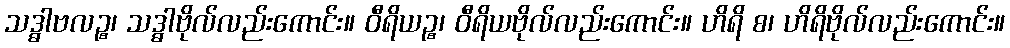
သဒ္ဓါဗလဉ္စ၊ သဒ္ဓါဗိုလ်လည်းကောင်း။ ဝီရိယဉ္စ၊ ဝီရိယဗိုလ်လည်းကောင်း။ ဟိရိ စ၊ ဟိရိဗိုလ်လည်းကောင်း။